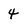
Character: 4